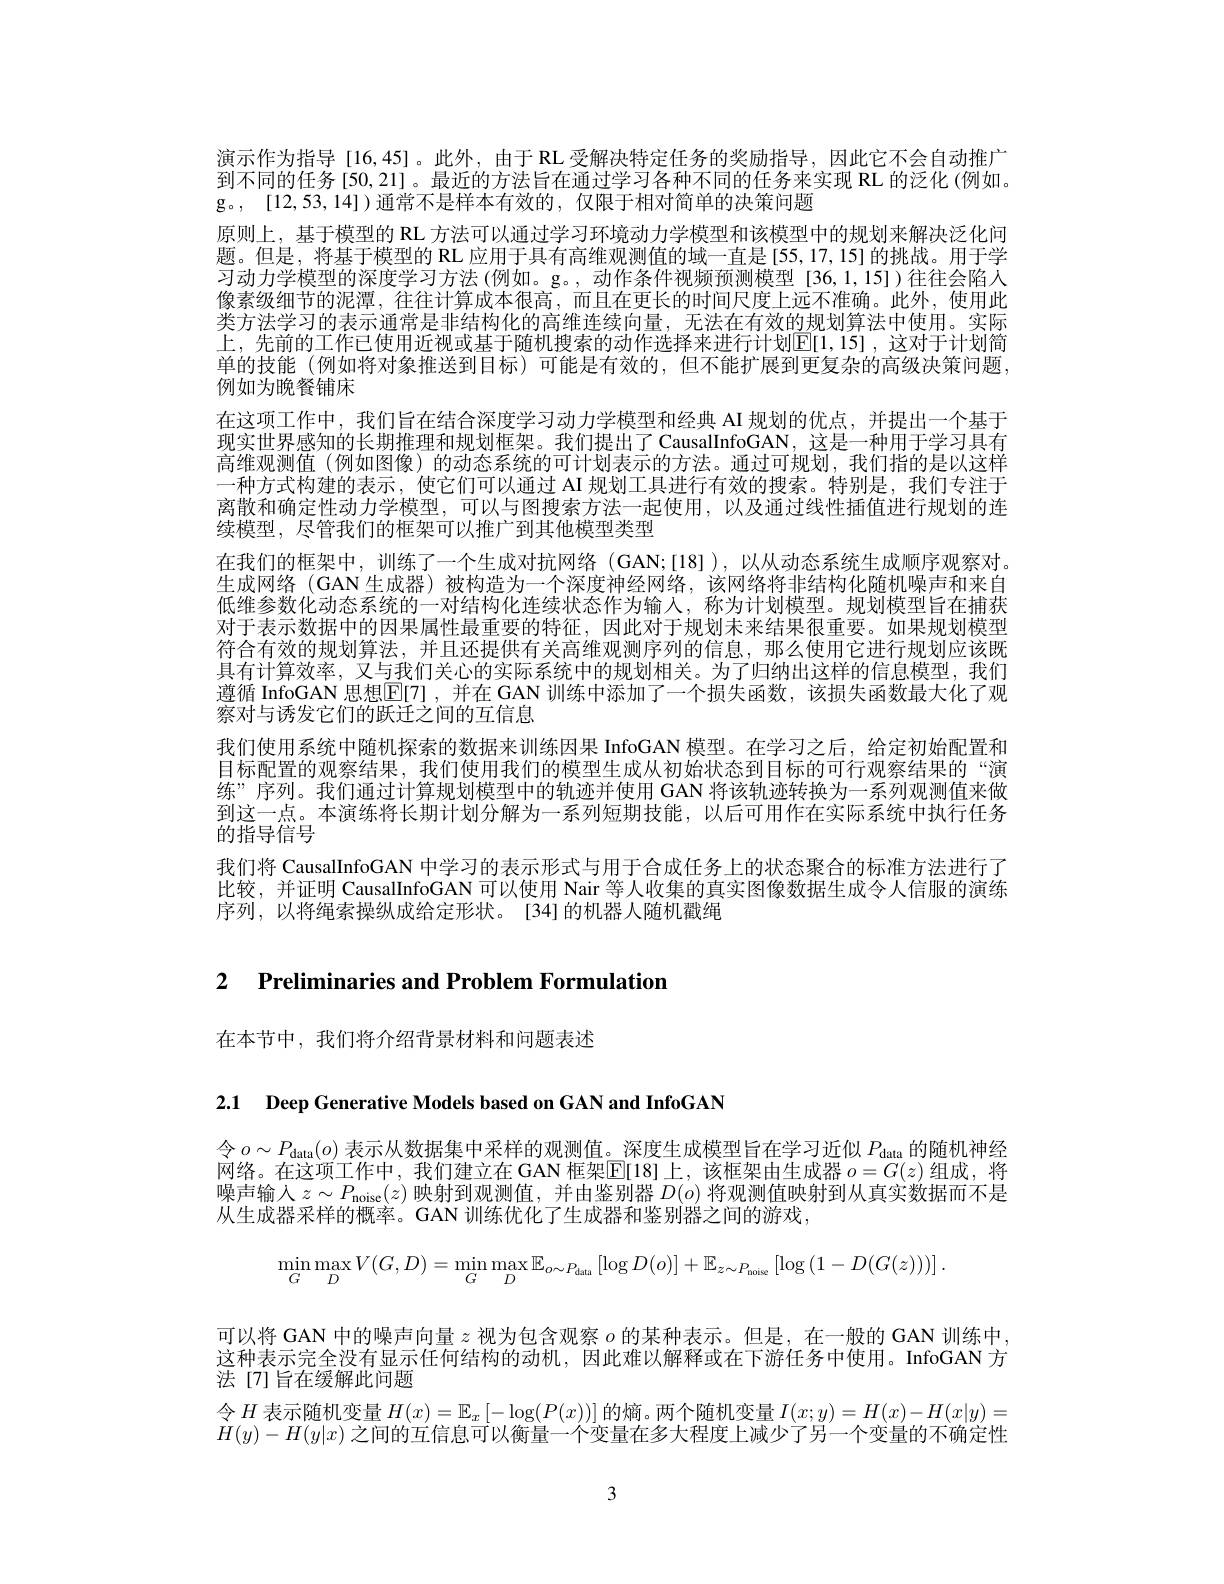
演示作为指导 [16,45]。此外，由于 RL 受解决特定任务的奖励指导，因此它不会自动推广到不同的任务 [50,21] 。最近的方法旨在通过学习各种不同的任务来实现 RL 的泛化 (例如。g。, [12,53,14])通常不是样本有效的，仅限于相对简单的决策问题
原则上，基于模型的 RL 方法可以通过学习环境动力学模型和该模型中的规划来解决泛化问题。但是，将基于模型的 RL 应用于具有高维观测值的域一直是[55,17,15]的挑战。用于学习动力学模型的深度学习方法(例如。g。,动作条件视频预测模型[36,1,15])往往会陷人像素级细节的泥潭，往往计算成本很高，而且在更长的时间尺度上远不准确。此外，使用此类方法学习的表示通常是非结构化的高维连续向量，无法在有效的规划算法中使用。实际上，先前的工作已使用近视或基于随机搜索的动作选择来进行计划$\mathbb{E}[1,15]$,这对于计划简单的技能(例如将对象推送到目标)可能是有效的，但不能扩展到更复杂的高级决策问题， 例如为晚餐铺床
在这项工作中，我们旨在结合深度学习动力学模型和经典 AI 规划的优点，并提出一个基于现实世界感知的长期推理和规划框架。我们提出了CausalInfoGAN，这是一种用于学习具有高维观测值 (例如图像)的动态系统的可计划表示的方法。通过可规划，我们指的是以这样一种方式构建的表示，使它们可以通过 AI 规划工具进行有效的搜索。特别是，我们专注于离散和确定性动力学模型，可以与图搜索方法一起使用，以及通过线性插值进行规划的连续模型，尽管我们的框架可以推广到其他模型类型
在我们的框架中，训练了一个生成对抗网络(GAN;[18]),以从动态系统生成顺序观察对。生成网络(GAN 生成器)被构造为一个深度神经网络，该网络将非结构化随机噪声和来自低维参数化动态系统的一对结构化连续状态作为输入，称为计划模型。规划模型旨在捕获对于表示数据中的因果属性最重要的特征，因此对于规划未来结果很重要。如果规划模型符合有效的规划算法，并且还提供有关高维观测序列的信息，那么使用它进行规划应该既具有计算效率，又与我们关心的实际系统中的规划相关。为了归纳出这样的信息模型，我们遵循 InfoGAN 思想$\boxed{\mathrm{E}}$[7],并在 GAN 训练中添加了一个损失函数，该损失函数最大化了观察对与诱发它们的跃迁之间的互信息
我们使用系统中随机探索的数据来训练因果 InfoGAN 模型。在学习之后，给定初始配置和目标配置的观察结果，我们使用我们的模型生成从初始状态到目标的可行观察结果的“演练”序列。我们通过计算规划模型中的轨迹并使用 GAN 将该轨迹转换为一系列观测值来做到这一点。本演练将长期计划分解为一系列短期技能，以后可用作在实际系统中执行任务的指导信号
我们将 CausalInfoGAN 中学习的表示形式与用于合成任务上的状态聚合的标准方法进行了比较，并证明 CausalInfoGAN 可以使用 Nair 等人收集的真实图像数据生成令人信服的演练序列，以将绳索操纵成给定形状。[34]的机器人随机戳绳

2 $\textbf{Preliminaries and Problem Formulation}$

在本节中，我们将介绍背景材料和问题表述

2.1 Deep Generative Models based on GAN and InfoGAN

令$o\sim P_{\mathrm{data}}(o)$表示从数据集中采样的观测值。深度生成模型旨在学习近似$P_\mathrm{data}$的随机神经网络。在这项工作中，我们建立在 GAN 框架$\mathbb{E}[18]$上，该框架由生成器 $o=G(z)$ 组成，将噪声输人$z\sim P_{\mathrm{noise}}(z)$映射到观测值，并由鉴别器$D(o)$将观测值映射到从真实数据而不是从生成器采样的概率。GAN 训练优化了生成器和鉴别器之间的游戏，
$$\min\limits_{G}\max\limits_{D}V(G,D)=\min\limits_{G}\max\limits_{D}\mathbb{E}_{o\sim P_{\mathrm{data}}}\left[\log D(o)\right]+\mathbb{E}_{z\sim P_{\mathrm{datse}}}\left[\log\left(1-D(G(z))\right)\right].$$
可以将 GAN 中的噪声向量$z$视为包含观察$o$的某种表示。但是，在一般的 GAN 训练中这种表示完全没有显示任何结构的动机，因此难以解释或在下游任务中使用。InfoGAN 方法[7]旨在缓解此问题
令$H$表示随机变量$H(x)=\mathbb{E}_x\left[-\log(P(x))\right]$的熵。两个随机变量$I(x;y)=H(x)-H(x|y)=$ $H(y)-H(y|x)$之间的互信息可以衡量一个变量在多大程度上减少了另一个变量的不确定性

3